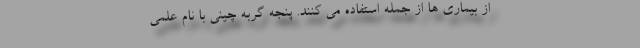
از بیماری ها از جمله استفاده می کنند. پنجه گربه چینی با نام علمی